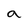
Character: a